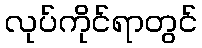
လုပ်ကိုင်ရာတွင်